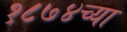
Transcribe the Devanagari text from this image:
१८७४च्या